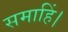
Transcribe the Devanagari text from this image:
समाहिं।